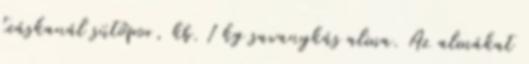
teáskanál sütőpor, kb. 1 kg savanykás alma. Az almákat